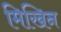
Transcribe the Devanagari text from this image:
मिखिन